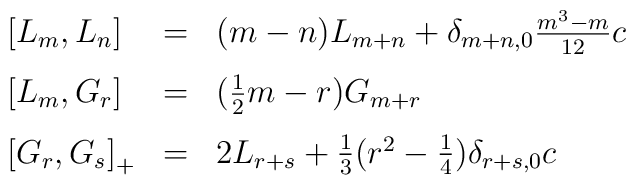
\renewcommand{\arraystretch}{1.5} \begin{array}{lcl}             {[}L_m,L_n{]} &=& (m-n)L_{m+n}+\delta_{m+n,0}\frac{m^3-m}{12}c \\          {[}L_m,G_r{]} &=& (\frac{1}{2}m-r)G_{m+r} \\          {[}G_r,G_s{]}_{+} &=& 2L_{r+s} + \frac{1}{3}(r^2-\frac{1}{4})                                           \delta_{r+s,0}c              \end{array}